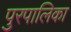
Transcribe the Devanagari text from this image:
पुरपालिका